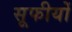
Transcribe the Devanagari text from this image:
सूफीयों